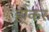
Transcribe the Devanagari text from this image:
हो्कर